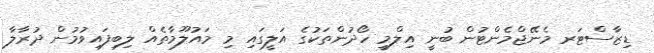
ޑިޒާސްޓަރ މެނޭޖްމެންޓުން ބުނީ އިލްމީ ހޯދުންތަކުގެ އަލީގައި މި މައުލޫމާތެއް ލިބިފައިވުމުން ދުރާލާ